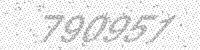
Solution: 790951